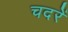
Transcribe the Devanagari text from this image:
चदरें